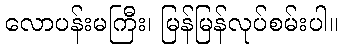
လောပန်းမကြီး၊ မြန်မြန်လုပ်စမ်းပါ။